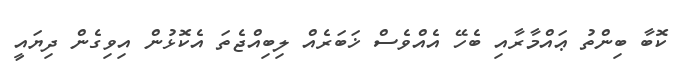
ކޮބާ ބިންތު ޢައްމާރާއި ބެހޭ އެއްވެސް ޚަބަރެއް ލިބިއްޖެތަ އެކޮޅުން އިވިގެން ދިޔައީ